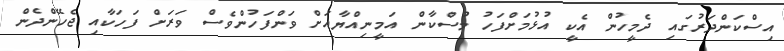
އިސްކަންދަރުގައި ދެމީހުން އެކީ އުޅުމަށްފަހު މުސްކާން އަމީނިއްޔާއަށް ވަންފަހުންވެސް ވަރަށް ފަހަކާއި ޖެހޭންދެން